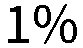
1%